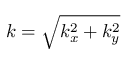
k = \sqrt { k _ { x } ^ { 2 } + k _ { y } ^ { 2 } }